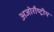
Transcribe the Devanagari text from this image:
अजोरौष्ट्रीय